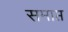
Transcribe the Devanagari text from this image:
समाप्त